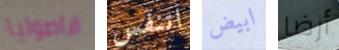
فاصوليا اتنفس ابيض أرضا